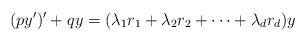
LaTeX: \begin{align*} (py')' + qy = (\lambda_1 r_1 + \lambda_2 r_2 +\cdots+ \lambda_d r_d )y\end{align*}